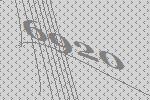
6920